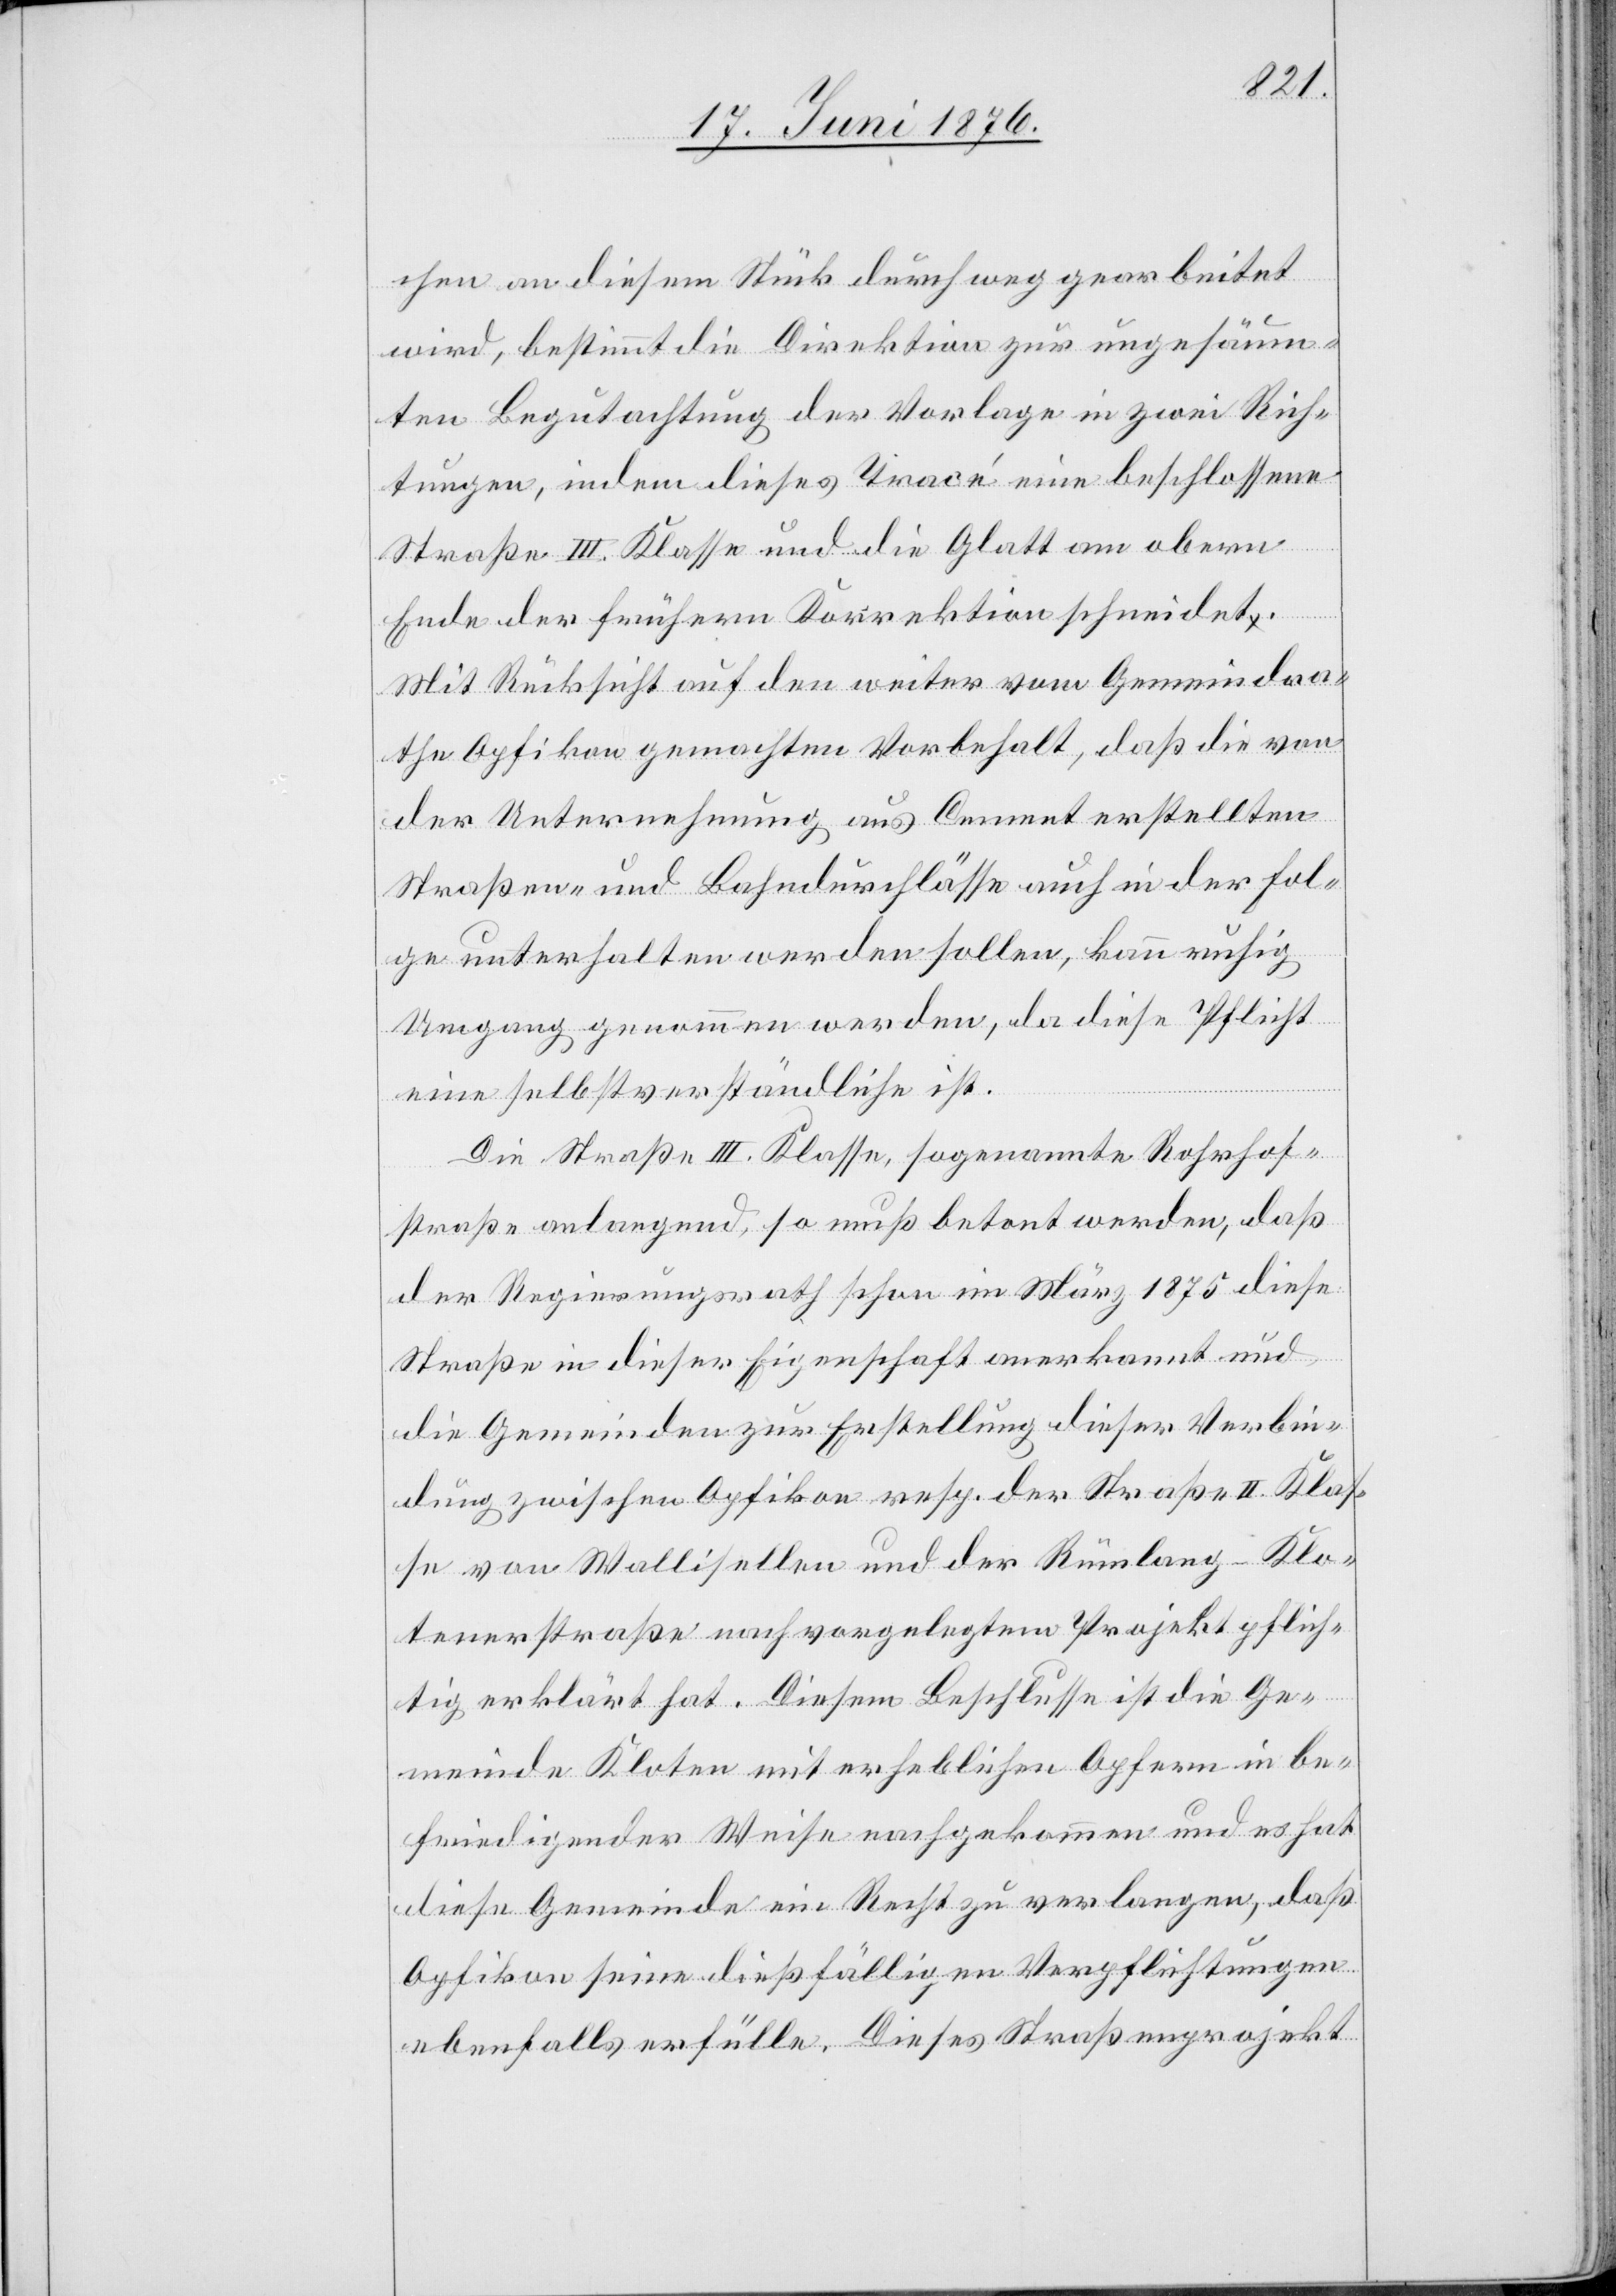
chen an diesem Stück durchweg gearbeitet
wird, bestimmt die Direktion zur ungesäum¬
ten Begutachtung der Vorlage in zwei Rich¬
tungen, indem dieses Tracé eine beschlossene
Straße III. Klasse und die Glatt am obern
Ende der frühern Korrektion schneidet.
Mit Rücksicht auf den weiter vom Gemeindra¬
the Opfikon gemachten Vorbehalt, daß die von
der Unternehmung aus Cement erstellten
Straßen- und Bahndurchlässe auch in der Fol¬
ge unterhalten werden sollen, kann ruhig
Umgang genommen werden, da diese Pflicht
eine selbstverständliche ist.
Die Straßen III. Klasse, sogenannte Rohrhof¬
straße anlangend, so muß betont werden, daß
der Regierungsrath schon im März 1875 diese
Straße in dieser Eigenschaft anerkannt und
die Gemeinden zur Erstellung dieser Verbin¬
dung zwischen Opfikon resp. der Straße II. Klas¬
se von Wallisellen und der Rümlang–Klos¬
tenerstraße nach vorgelegtem Projekt pflich¬
tig erklärt hat. Diesem Beschlusse ist die Ge¬
meinde Kloten mit erheblichen Opfern in be¬
friedigender Weise nachgekommen und hat
diese Gemeinde ein Recht zu verlangen, daß
Opfikon seine dießfälligen Verpflichtungen
ebenfalls erfülle. Dieses Straßenprojekt